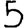
Digit: 5